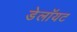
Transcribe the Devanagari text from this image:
डेलॉयट